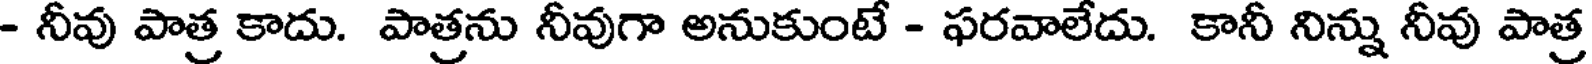
- నీవు పాత్ర కాదు. పాత్రను నీవుగా అనుకుంటే - ఫరవాలేదు. కానీ నిన్ను నీవు పాత్ర